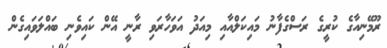
ރޫމޭނިއާގެ ކުރީގެ ރަސްގެފާނު މައިކަލްއާއި މިއަދު އަވަހާރަވި ރާނީ އޭން ކައިވެނި ބައްލަވައިގެން